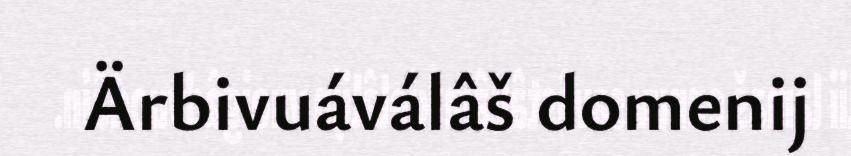
Ärbivuáválâš domenij